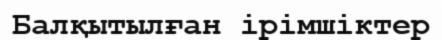
Балқытылған ірімшіктер